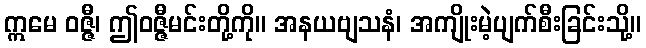
ဣမေ ဝဇ္ဇီ၊ ဤဝဇ္ဇီမင်းတို့ကို။ အနယဗျသနံ၊ အကျိုးမဲ့ပျက်စီးခြင်းသို့။